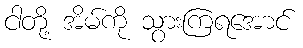
ငါတို့ အိမ်ကို သွားကြရအောင်